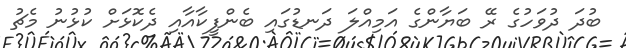
ބުދަ ދުވަހުގެ ރޭ ބަޔާންގެ އަމިއްލަ ދަނޑުގައި ބެންފީކާއާއި ދެކޮޅަށް ކުޅުނު މެޗު